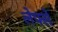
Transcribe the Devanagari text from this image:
लेफ्से